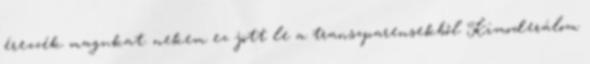
érezzék magukat. nekem ez jött le a transzparensekből Kimoderálom